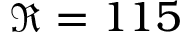
\Re = 1 1 5